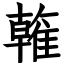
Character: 雗